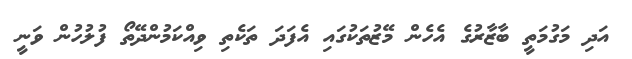
އަދި މަގުމަތީ ބާޒާރުގެ އެހެން މޭޒުތަކުގައި އެފަދަ ތަކެތި ވިއްކަމުންދޭތޯ ފުލުހުން ވަނީ